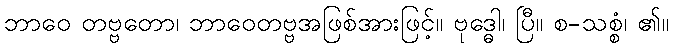
ဘာဝေ တဗ္ဗတော၊ ဘာဝေတဗ္ဗအဖြစ်အားဖြင့်။ ဗုဒ္ဓေါ၊ ပြီ။ စ-သစ္စံ၊ ၏။